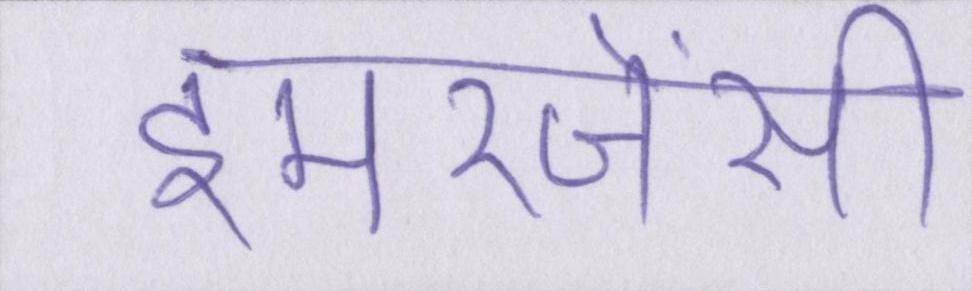
इमरजेंसी